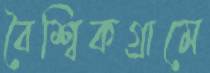
বৈশ্বিকগ্রামে